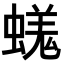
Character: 𧏙